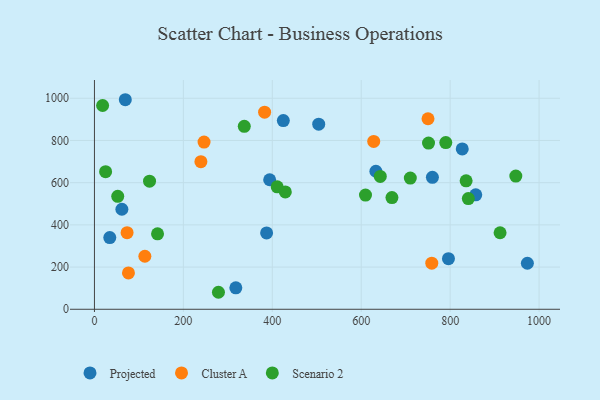
{"axis": {"x": "Price", "y": "Sales"}, "legend": ["Cluster A", "Projected", "Scenario 2"], "data": [{"x": "34.5", "y": 340.0, "type": "Projected"}, {"x": "857.6", "y": 542.3, "type": "Projected"}, {"x": "69.4", "y": 993.0, "type": "Projected"}, {"x": "424.8", "y": 894.3, "type": "Projected"}, {"x": "760.1", "y": 625.5, "type": "Projected"}, {"x": "973.7", "y": 218.1, "type": "Projected"}, {"x": "633.0", "y": 654.0, "type": "Projected"}, {"x": "387.2", "y": 361.6, "type": "Projected"}, {"x": "504.4", "y": 877.0, "type": "Projected"}, {"x": "61.7", "y": 474.0, "type": "Projected"}, {"x": "796.2", "y": 240.0, "type": "Projected"}, {"x": "318.0", "y": 101.7, "type": "Projected"}, {"x": "394.1", "y": 613.9, "type": "Projected"}, {"x": "827.2", "y": 759.7, "type": "Projected"}, {"x": "382.7", "y": 934.0, "type": "Cluster A"}, {"x": "758.7", "y": 218.5, "type": "Cluster A"}, {"x": "246.5", "y": 792.5, "type": "Cluster A"}, {"x": "239.4", "y": 699.3, "type": "Cluster A"}, {"x": "113.4", "y": 251.3, "type": "Cluster A"}, {"x": "750.2", "y": 902.8, "type": "Cluster A"}, {"x": "76.5", "y": 172.5, "type": "Cluster A"}, {"x": "628.1", "y": 795.2, "type": "Cluster A"}, {"x": "73.4", "y": 363.1, "type": "Cluster A"}, {"x": "278.9", "y": 80.6, "type": "Scenario 2"}, {"x": "669.1", "y": 529.5, "type": "Scenario 2"}, {"x": "25.1", "y": 652.0, "type": "Scenario 2"}, {"x": "790.2", "y": 789.8, "type": "Scenario 2"}, {"x": "123.9", "y": 607.0, "type": "Scenario 2"}, {"x": "18.4", "y": 965.6, "type": "Scenario 2"}, {"x": "642.9", "y": 629.7, "type": "Scenario 2"}, {"x": "835.9", "y": 608.5, "type": "Scenario 2"}, {"x": "141.9", "y": 357.4, "type": "Scenario 2"}, {"x": "337.0", "y": 867.1, "type": "Scenario 2"}, {"x": "411.0", "y": 580.3, "type": "Scenario 2"}, {"x": "912.3", "y": 362.6, "type": "Scenario 2"}, {"x": "710.4", "y": 621.9, "type": "Scenario 2"}, {"x": "947.7", "y": 631.0, "type": "Scenario 2"}, {"x": "609.6", "y": 541.1, "type": "Scenario 2"}, {"x": "751.4", "y": 787.4, "type": "Scenario 2"}, {"x": "840.9", "y": 524.4, "type": "Scenario 2"}, {"x": "429.3", "y": 556.1, "type": "Scenario 2"}, {"x": "52.4", "y": 535.2, "type": "Scenario 2"}]}